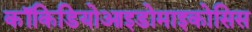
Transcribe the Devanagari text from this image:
कॉकिडियोआइडोमाइकोसिस